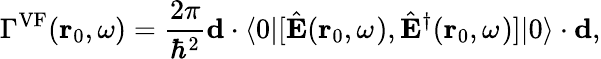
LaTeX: \Gamma^{\mathrm{VF}}({\mathbf r}_{\mathrm{0}},\omega)=\frac{2\pi}{\hbar^{2}}\mathbf{d}\cdot\langle 0|[\hat{\mathbf{E}}(\mathbf{r}_{\mathrm{0}},\omega_{\mathrm{}}),\hat{\mathbf{E}}^{\dagger}(\mathbf{r}_{\mathrm{0}},\omega_{\mathrm{}})]|0\rangle\cdot\mathbf{d},